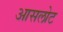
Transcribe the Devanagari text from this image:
आसलोट